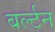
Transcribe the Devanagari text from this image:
बर्ल्टन